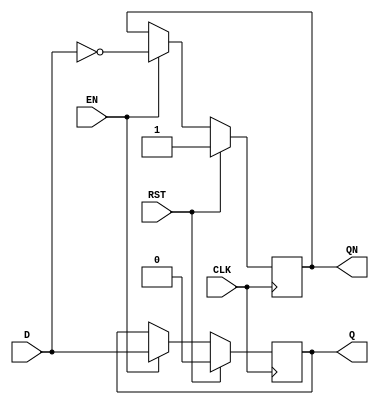
`timescale 1ns / 1ps
//////////////////////////////////////////////////////////////////////////////////
// Company: 
// Engineer: 
// 
// Design Name: 
// Module Name: D_ff
// Project Name: 
// Target Devices: 
// Tool Versions: 
// Description: 
// 
// Dependencies: 
// 
// Revision:
// Revision 0.01 - File Created
// Additional Comments:
// 
//////////////////////////////////////////////////////////////////////////////////


module D_ff(Q, QN, D, EN, RST, CLK);
    output reg Q, QN;
    input D, EN, RST, CLK;
    always @(posedge CLK) begin
        if(RST) begin
            Q <= 0;
            QN <= 1;
        end
        else if(EN) begin
            Q <= D;
            QN <= ~D;
        end
    end
endmodule